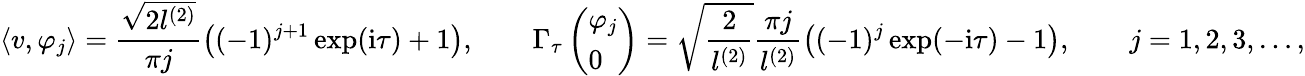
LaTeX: \langle v,\varphi_{j}\rangle=\frac{\sqrt{2l^{(2)}}}{\pi j}\bigl((-1)^{j+1}\exp(\mathrm{i}\tau)+1\bigr),\qquad\Gamma_{\tau}\left(\begin{array}{l}{\varphi_{j}}\\ {0}\end{array}\right)=\sqrt{\frac{2}{l^{(2)}}}\frac{\pi j}{l^{(2)}}\bigl((-1)^{j}\exp(-\mathrm{i}\tau)-1\bigr),\qquad j=1,2,3,\dots,